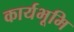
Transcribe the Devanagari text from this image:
कार्यभूमि